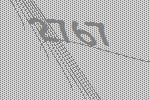
2767